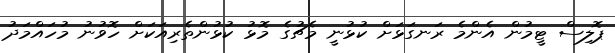
ޕޮލިސް ޓީމުން އެންމެ ރަނގަޅަށް ކުޅުނީ މެޗުގެ މޮޅު ކުޅުންތެރިއަކަށް ހޮވުނު މުހައްމަދު